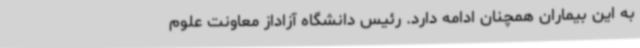
به این بیماران همچنان ادامه دارد. رئیس دانشگاه آزاداز معاونت علوم